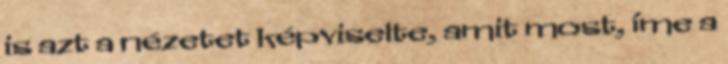
is azt a nézetet képviselte, amit most, íme a